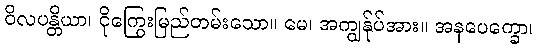
ဝိလပန္တိယာ၊ ငိုကြွေးမြည်တမ်းသော။ မေ၊ အကျွန်ုပ်အား။ အနပေက္ခော၊